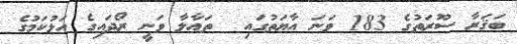
ބަޤަރާ ސޫރަތުގެ 183 ވަނަ އާޔަތުގައި  ތަޢާލާ ވަނީ ރޯދައިގެ އަޅުކަމުގެ